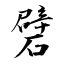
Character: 礕